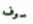
سوف